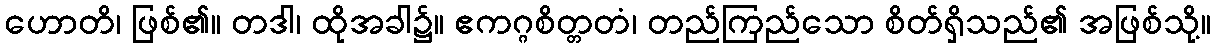
ဟောတိ၊ ဖြစ်၏။ တဒါ၊ ထိုအခါ၌။ ဧကဂ္ဂစိတ္တတံ၊ တည်ကြည်သော စိတ်ရှိသည်၏ အဖြစ်သို့။